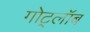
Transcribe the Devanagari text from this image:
गोट्लॉब